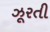
ઝૂરતી